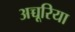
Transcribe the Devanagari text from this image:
अच्चूरिया